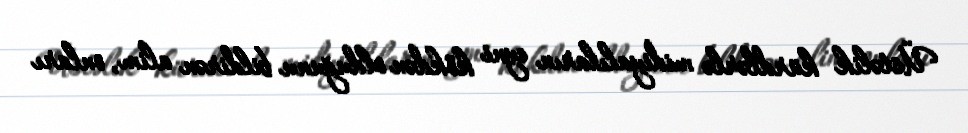
Üstəlik kürdlərlə midiyalıların eyni kökdən olduğunu bildirən alim, onları